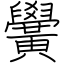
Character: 黌